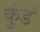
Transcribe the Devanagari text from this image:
कुंडं